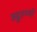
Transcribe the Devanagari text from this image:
सद्गुरुभ्यो